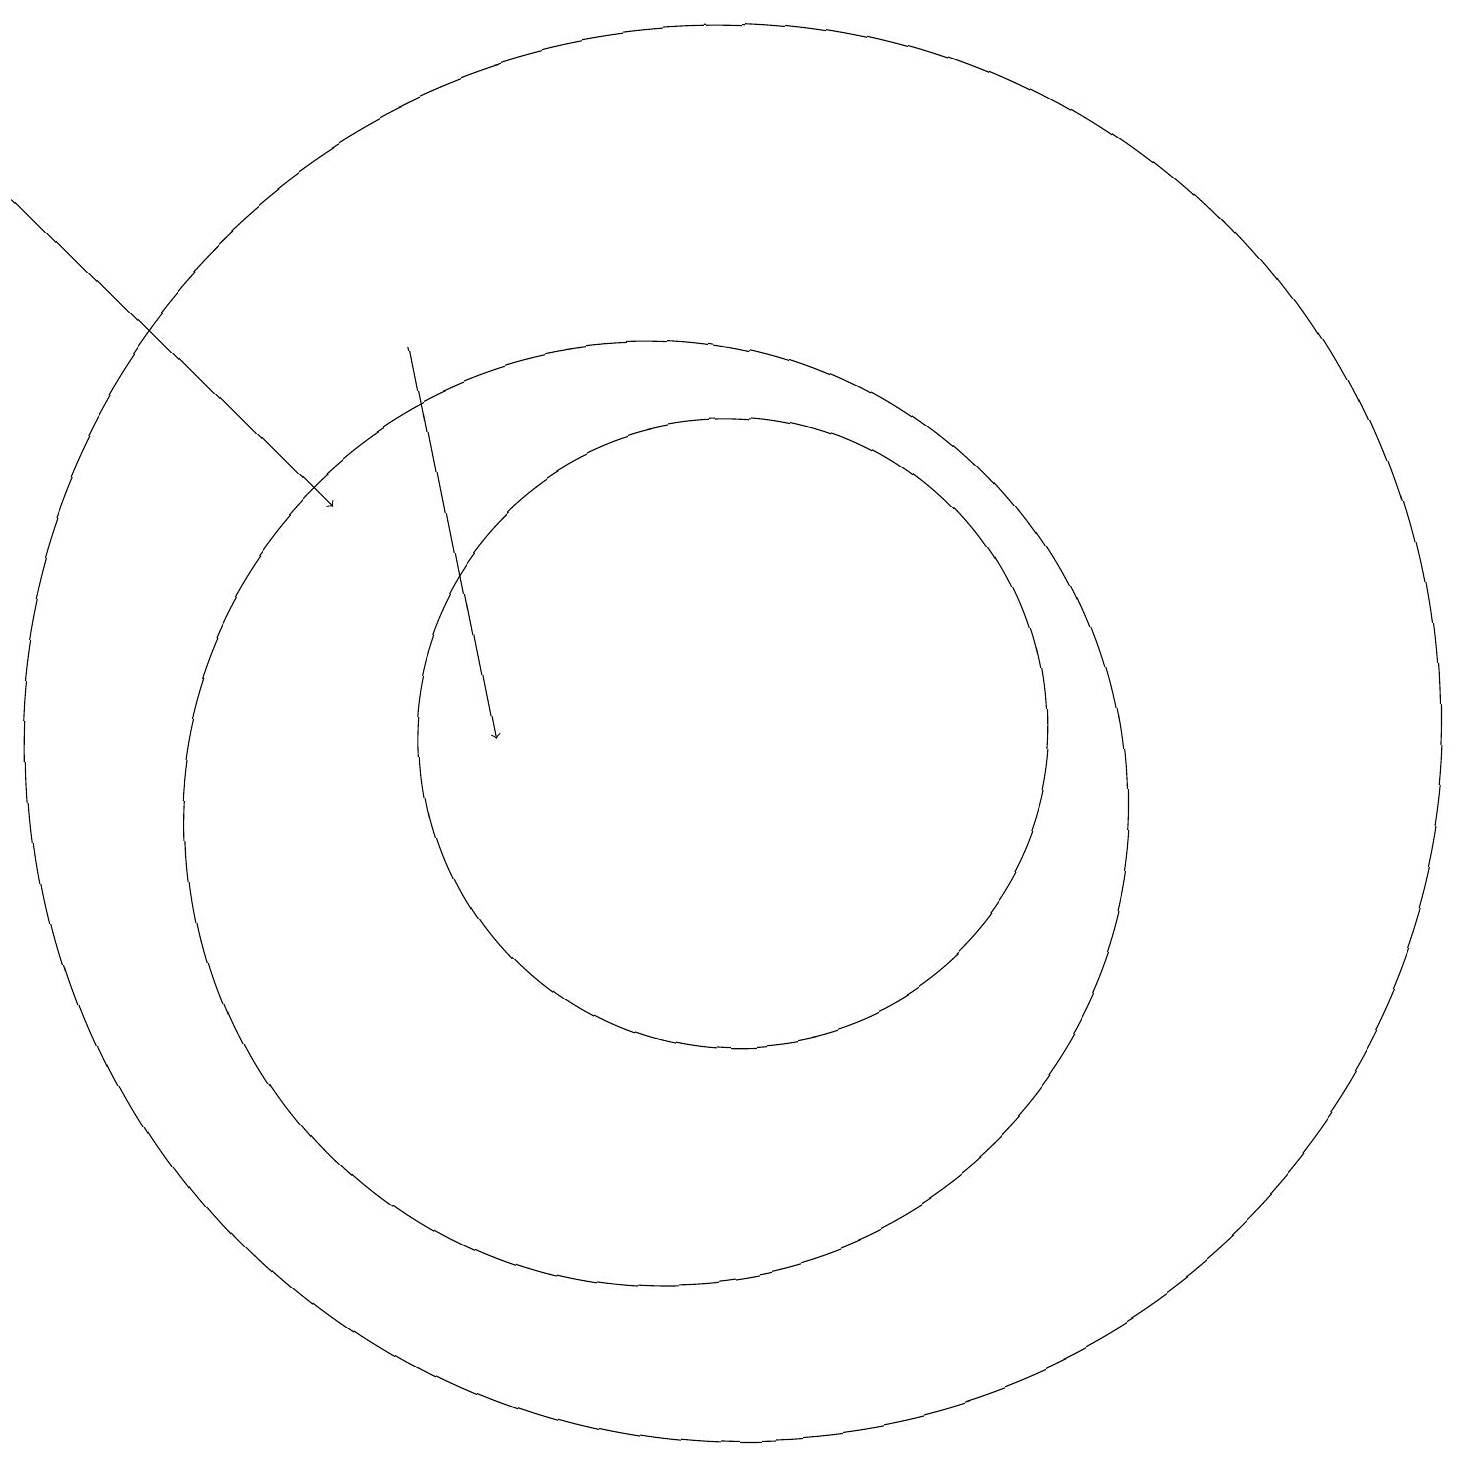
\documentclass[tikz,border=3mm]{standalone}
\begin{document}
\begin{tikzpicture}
\draw[->] (7,16) -- (8,11);
\draw (11,11) circle (9);
\draw (10,10) circle (6);
\draw (11,11) circle (4);
\draw[->] (2,18) -- (6,14);
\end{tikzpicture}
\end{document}